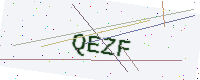
Text: QEZF